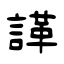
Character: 諽